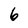
Character: 6